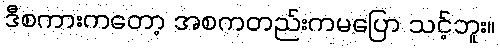
ဒီစကားကတော့ အစကတည်းကမပြော သင့်ဘူး။